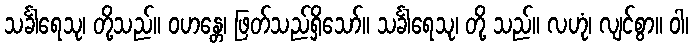
သင်္ခါရေသု၊ တို့သည်။ ဝဟန္တေ၊ ဖြတ်သည်ရှိသော်။ သင်္ခါရေသု၊ တို့ သည်။ လဟုံ၊ လျင်စွာ။ ဝါ၊